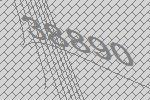
38890